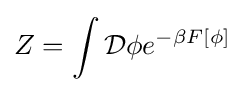
Z=\int {\mathcal {D}}\phi e^{-\beta F[\phi ]}